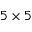
5 \times 5